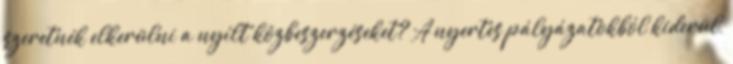
szeretnék elkerülni a nyílt közbeszerzéseket? A nyertes pályázatokból kiderül,